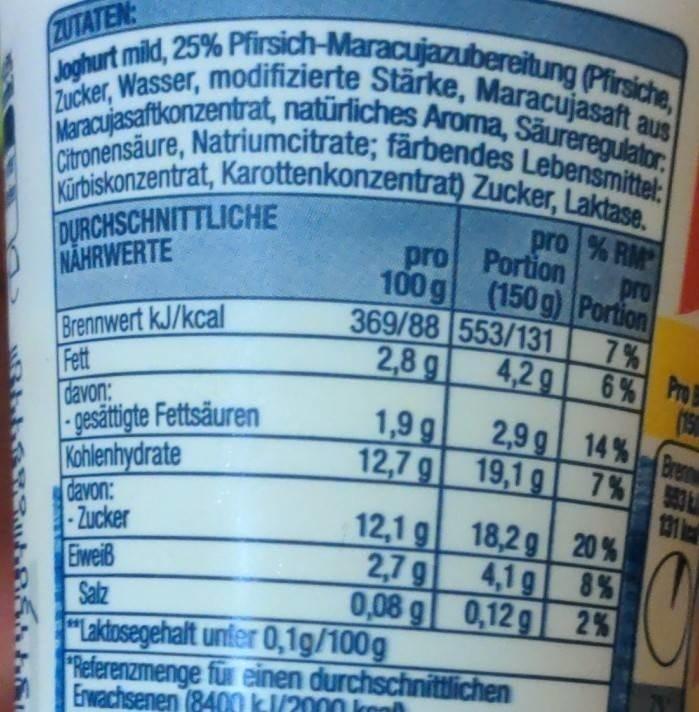
ZUTATEN:
Joghurt mild, 25% Pfirsich-Maracujazubereitung (Pfirsiche,
Zucker, Wasser, modifizierte Stärke, Maracujasaft aus Maracujasaftkonzentrat, natürliches Aroma, Säureregulator. Citronensäure, Natriumcitrate; färbendes Lebensmittel: Kürbiskonzentrat, Karottenkonzentrat) Zucker, Laktase.
DURCHSCHNITTLICHE NAHRWERTE
Portion (150 g) Portion
pro % RM pro
553/131
4,2 g
Brennwert kJ/kcal
Fett
davon: -gesättigte Fettsäuren
Kohlenhydrate
davon:
-Zucker
Eweiß
Salz
pro 100 g
369/88
2,8 g
1,9g
12,7 g
12,1 g
2,7 g
0,08 g
2,9 g
19,1 g
18,2 g
4,1g
0,12 g
"Laktosegehalt unter 0,1g/100g
Referenzmenge für einen durchschnittlichen Erwachsenen (8400 kJ/2000 k
7%
6%
14%
7%
20%
8%
2%
Pro
(15
Brennw
131 a